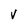
Character: V